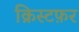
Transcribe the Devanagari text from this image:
क्रिस्टफ़र